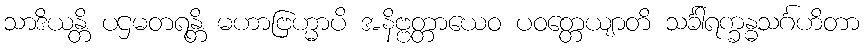
သာဒိယန္တိ ပဌမတရန္တိ မဟာဗြဟ္မာပိ အနိဗ္ဗတ္တာယေဝ ပဝတ္တေယျာတိ သင်္ခါရက္ခန္ဓသင်္ဂဟိတာ